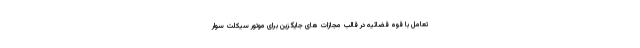
تعامل با قوه قضائیه در قالب مجازات های جایگزین برای موتور سیکلت سوار